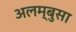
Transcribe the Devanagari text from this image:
अलम्बुसा